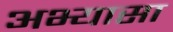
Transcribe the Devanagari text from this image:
अभ्यासा